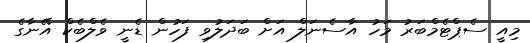
މިއީ ސެޕްޓެމްބަރު މަހު އާސެނަލް އަށް ބަދަލުވި ފަހުން ޑެނީ ވެލްބެކް އޭނާގެ